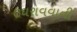
ઉઘરાવવાની